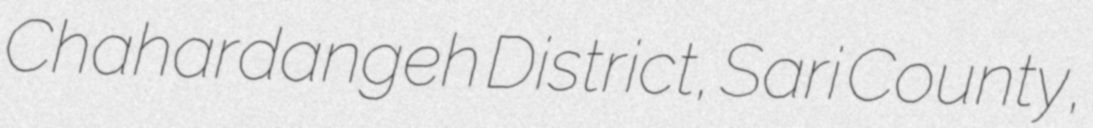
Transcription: Chahardangeh District, Sari County,